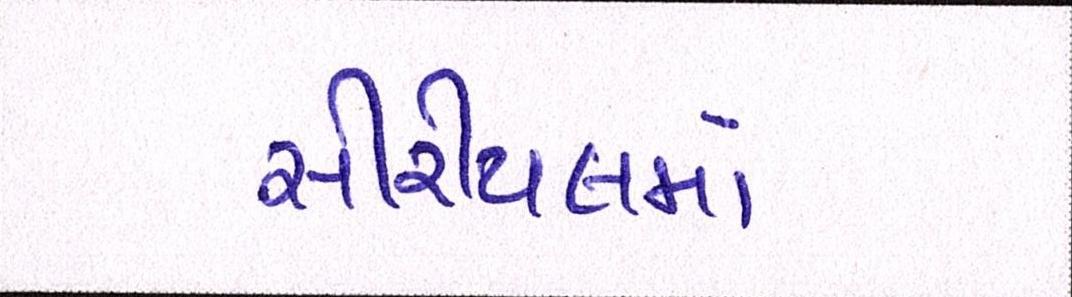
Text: સીરીયલમાં